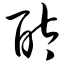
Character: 酞